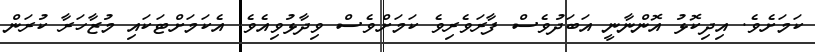
ކަމަށެވެ. އިދިކޮޅު އޮންނާނީ އަބަދުވެސް ފާރަވެރިވެ ކަމަށްވެސް ވިދާޅުވިއެވެ. އެކަމަށްޓަކައި މުޒާހަރާ ކުރަން